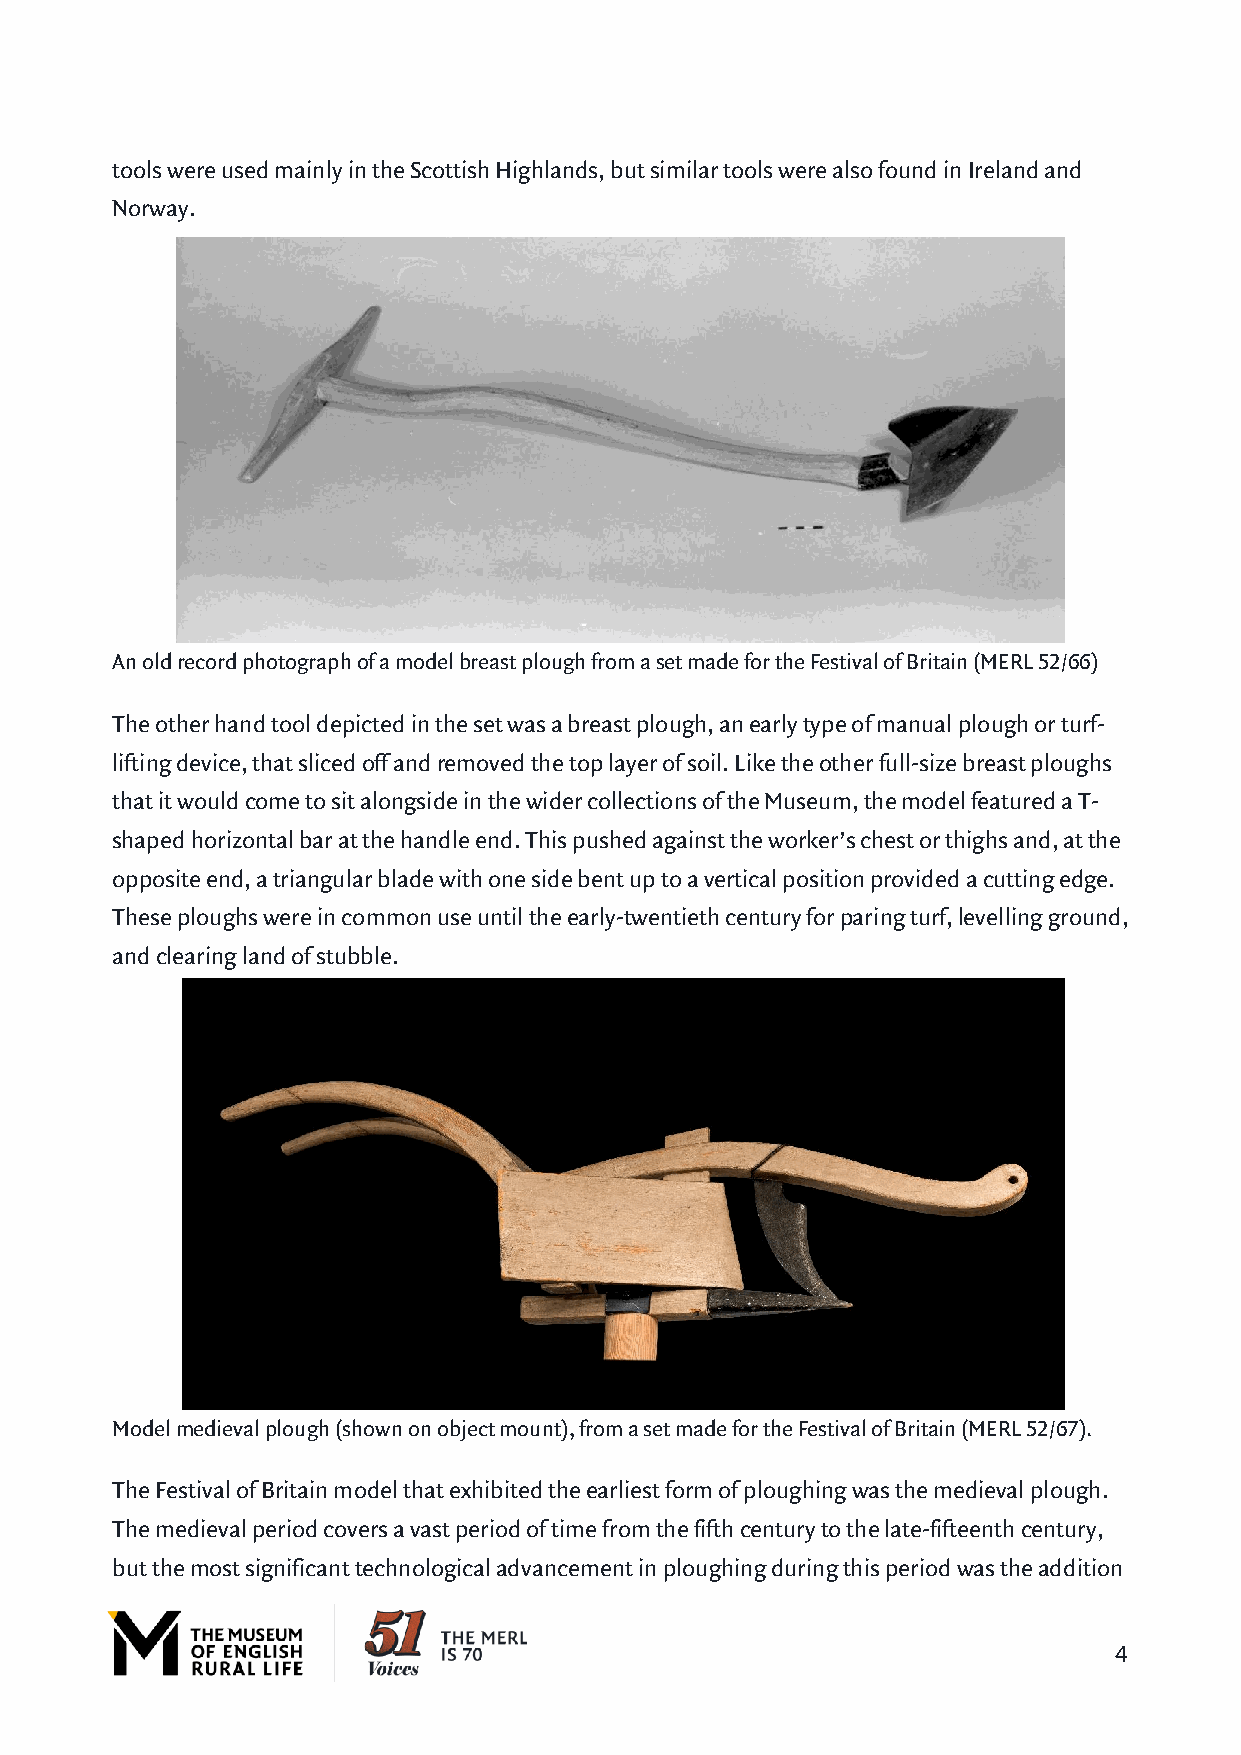
tools were used mainly in the Scottish Highlands, but similar tools were also found in Ireland and
 Norway.
 An old record photograph of a model breast plough from a set made for the Festival of Britain (MERL 52/66)
 The other hand tool depicted in the set was a breast plough, an early type of manual plough or turf-
 lifting device, that sliced off and removed the top layer of soil. Like the other full-size breast ploughs
 that it would come to sit alongside in the wider collections of the Museum, the model featured a T-
 shaped horizontal bar at the handle end. This pushed against the worker’s chest or thighs and, at the
 opposite end, a triangular blade with one side bent up to a vertical position provided a cutting edge.
 These ploughs were in common use until the early-twentieth century for paring turf, levelling ground,
 and clearing land of stubble.
 Model medieval plough (shown on object mount), from a set made for the Festival of Britain (MERL 52/67).
 The Festival of Britain model that exhibited the earliest form of ploughing was the medieval plough.
 The medieval period covers a vast period of time from the fifth century to the late-fifteenth century,
 but the most significant technological advancement in ploughing during this period was the addition
 4